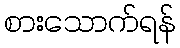
စားသောက်ရန်